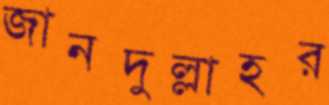
জানদুল্লাহর